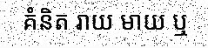
គំនិត រាយ មាយ ឬ